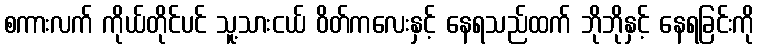
စကားလက် ကိုယ်တိုင်ပင် သူ့သားငယ် ဝိတ်ကလေးနှင့် နေရသည်ထက် ဘိုဘိုနှင့် နေရခြင်းကို